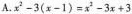
A.$$x ^ { 2 } - 3 ( x - 1 ) = x ^ { 2 } - 3 x + 3$$